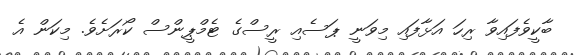
ބާކީވެފައިވާ ރިހަ އަޅާފައި މިވަނީ ޕަސެއި ރީސްގެ ޓެމްޕީންސް ކޯރަށެވެ. މިކަން އެ